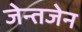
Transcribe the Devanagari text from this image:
जेन्तजेन